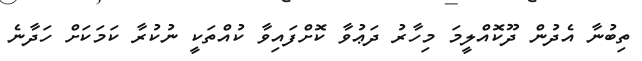
ތިބުނާ އެދުން ދޫކޮއްލީމަ މިހާރު ދަޢުވާ ކޮށްފައިވާ ކުއްތަކީ ނުކުރާ ކަމަކަށް ހަދާނެ